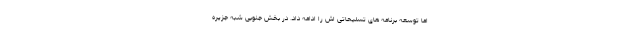
اما توسعه برنامه های تسلیحاتی اش را ادامه داد. در بخش جنوبی شبه جزیره